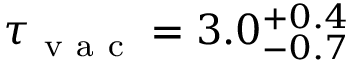
\tau _ { \mathrm { ~ v ~ a ~ c ~ } } = 3 . 0 _ { - 0 . 7 } ^ { + 0 . 4 }